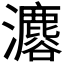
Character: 𤄟